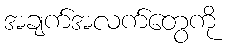
အချက်အလက်တွေကို